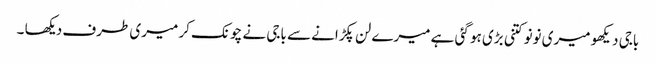
باجی دیکھو میری نونو کتنی بڑی ہو گئی ہے میرے لن پکڑانے سے باجی نے چونک کر میری طرف دیکھا ۔